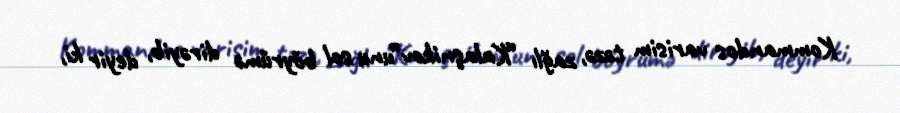
Kommandos varisim təzə, zağlı “Kalaşnikov”unu sol böyrümə dirəyib, deyir ki,